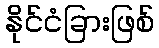
နိုင်ငံခြားဖြစ်